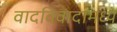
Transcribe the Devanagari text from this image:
वादविवादामध्ये